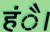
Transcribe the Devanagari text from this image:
हंै।